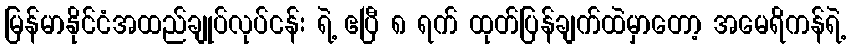
မြန်မာနိုင်ငံအထည်ချုပ်လုပ်ငန်း ရဲ့ ဧပြီ ၈ ရက် ထုတ်ပြန်ချက်ထဲမှာတော့ အမေရိကန်ရဲ့